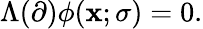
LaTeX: \Lambda(\partial)\phi(\mathbf{x};\sigma)=0.